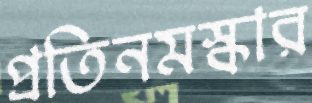
প্রতিনমস্কার